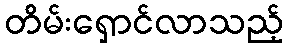
တိမ်းရှောင်လာသည့်